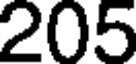
205